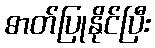
ဓာတ်ပြုနိုင်ပြီး